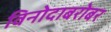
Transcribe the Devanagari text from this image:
विनोदाबरोबर